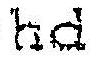
HD